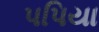
પપિયા